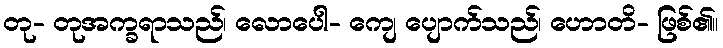
တု- တုအက္ခရာသည်၊ လောပေါ- ကျေ ပျောက်သည်၊ ဟောတိ- ဖြစ်၏။